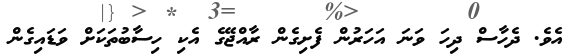
އެވެ. ދެހާސް ދިހަ ވަނަ އަހަރުން ފެށިގެން ރާއްޖޭގެ އެކި ހިސާބުތަކަށް ވަޑައިގެން